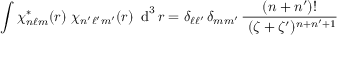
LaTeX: \int \chi _ { n \ell m } ^ { * } ( r ) ~ \chi _ { n ^ { \prime } \ell ^ { \prime } m ^ { \prime } } ( r ) ~ \operatorname { d } ^ { 3 } r = \delta _ { \ell \ell ^ { \prime } } \, \delta _ { m m ^ { \prime } } \, { \frac { ( n + n ^ { \prime } ) ! } { ~ ( \zeta + \zeta ^ { \prime } ) ^ { n + n ^ { \prime } + 1 } } }